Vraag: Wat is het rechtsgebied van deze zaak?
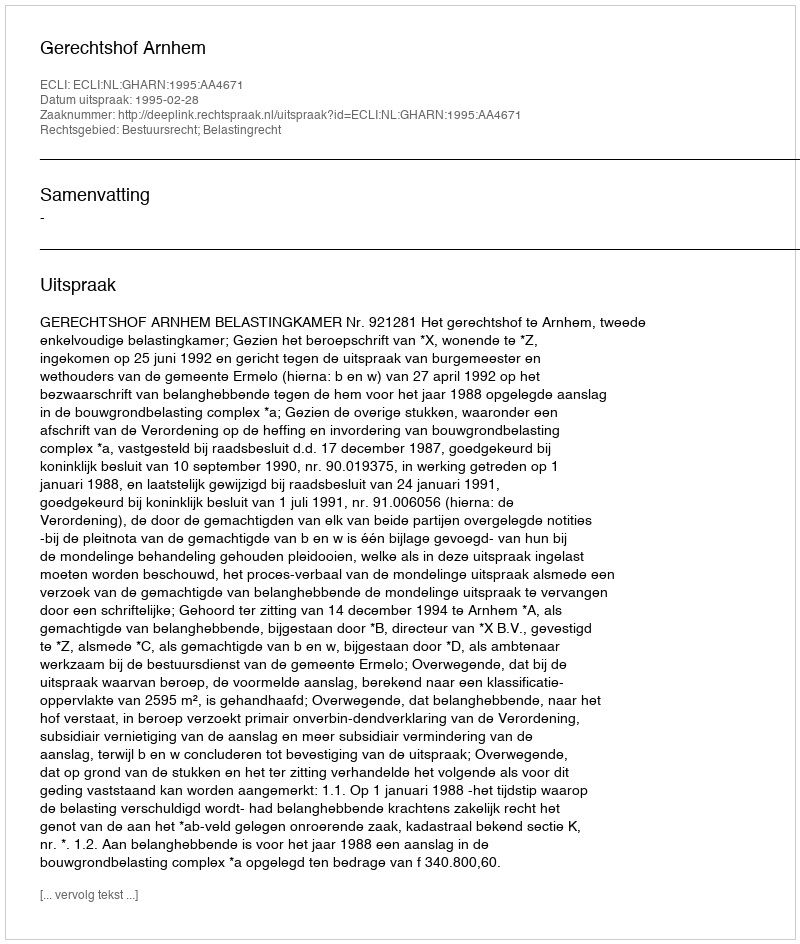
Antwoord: Bestuursrecht; Belastingrecht